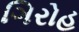
ગિરોહ